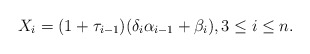
\begin{align*}X_i = (1 + \tau_{i-1})(\delta_i \alpha_{i-1} + \beta_i), 3 \leq i \leq n.\end{align*}